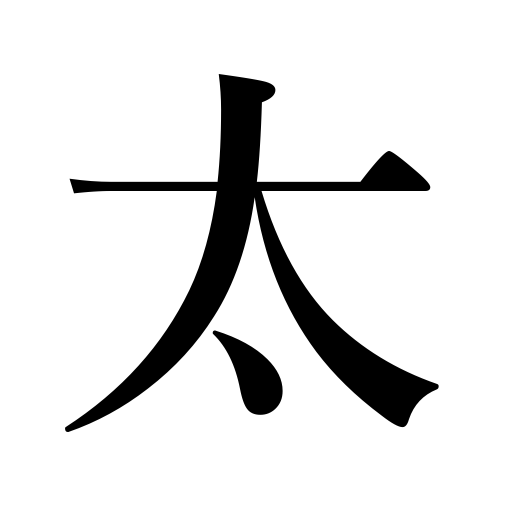
Meanings: gain,shameless,audacious,deep,sonorous voice,thick,fill out,insolent,fat,burly,big,get fat